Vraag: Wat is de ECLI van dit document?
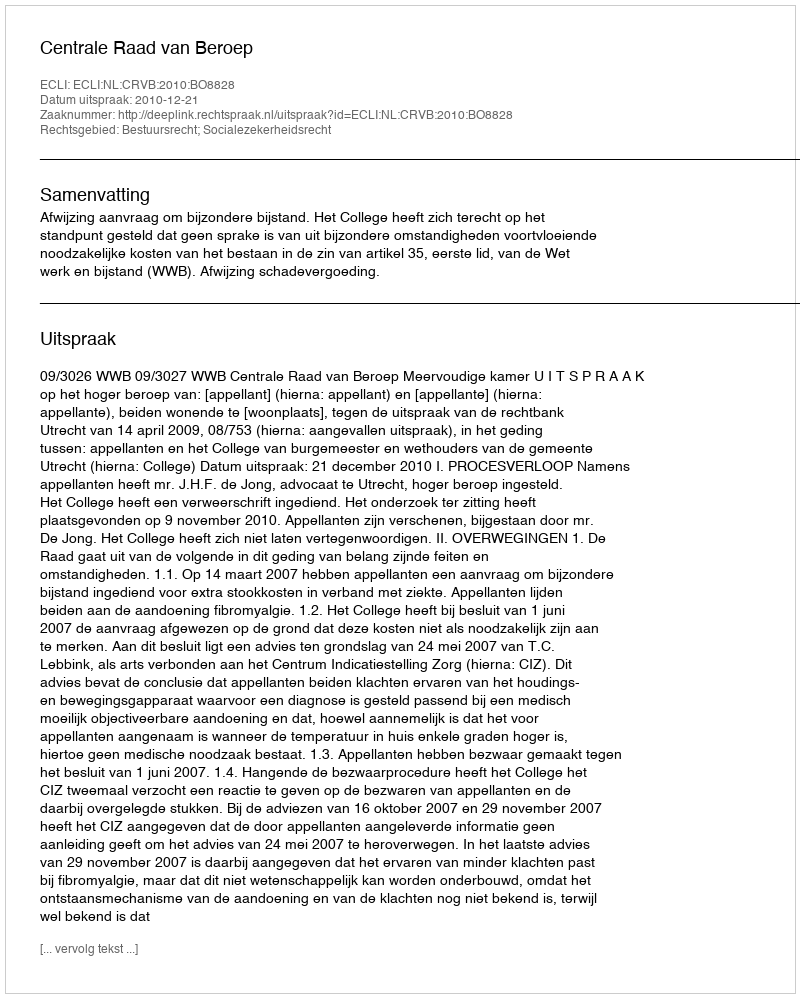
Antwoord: ECLI:NL:CRVB:2010:BO8828